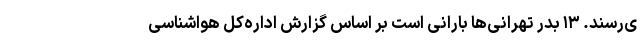
ی‌رسند. ۱۳ بدر تهرانی‌ها بارانی است بر اساس گزارش اداره‌کل هواشناسی